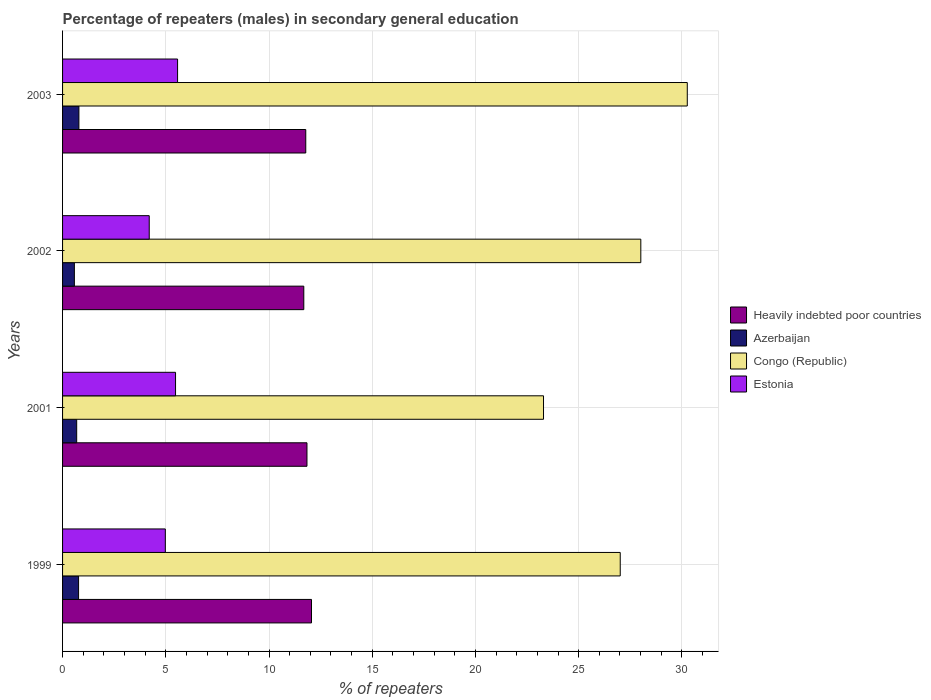
| Years | Heavily indebted poor countries | Azerbaijan | Congo (Republic) | Estonia |
 | --- | --- | --- | --- | --- |
 | 1999 | 12.1 | 0.776 | 27 | 4.98 |
 | 2001 | 11.8 | 0.684 | 23.3 | 5.47 |
 | 2002 | 11.7 | 0.572 | 28 | 4.2 |
 | 2003 | 11.8 | 0.792 | 30.3 | 5.57 |